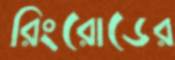
রিংরোডের